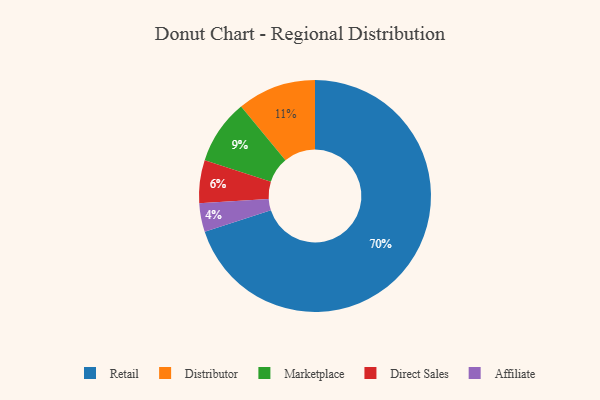
{"axis": {"x": "Category", "y": "Percentage"}, "legend": ["Affiliate", "Direct Sales", "Distributor", "Marketplace", "Retail"], "data": [{"x": "Marketplace", "y": 9, "type": "Marketplace"}, {"x": "Direct Sales", "y": 6, "type": "Direct Sales"}, {"x": "Distributor", "y": 11, "type": "Distributor"}, {"x": "Affiliate", "y": 4, "type": "Affiliate"}, {"x": "Retail", "y": 70, "type": "Retail"}]}